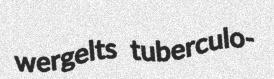
wergelts tuberculo-